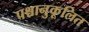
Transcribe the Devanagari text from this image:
पश्चानुकूलित